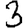
Digit: 3